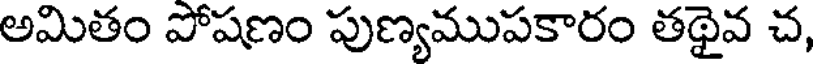
అమితం పోషణం పుణ్యముపకారం తథైవ చ,